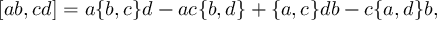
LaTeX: [ a b , c d ] = a \{ b , c \} d - a c \{ b , d \} + \{ a , c \} d b - c \{ a , d \} b ,